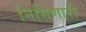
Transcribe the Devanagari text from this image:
निर्मिणारी